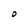
Character: D